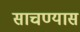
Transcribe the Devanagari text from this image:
साचण्यास